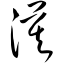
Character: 漠